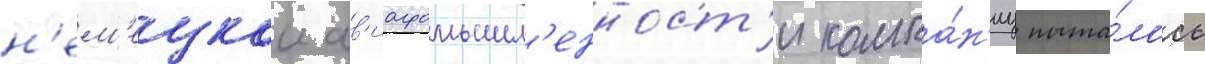
н'ем'ецкои ав'иапромышл'енност'и компа́н'иу пыта́лось